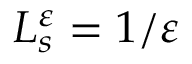
L _ { s } ^ { \varepsilon } = { 1 \mathord { \left/ { \vphantom { 1 \varepsilon } } \right. \kern - \nulldelimiterspace } \varepsilon }